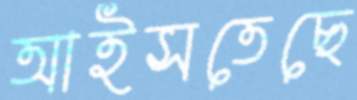
আইসতেছে